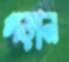
গড়ান